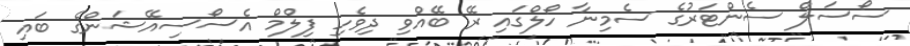
ސޯސަލް ސެންޓަރުގެ ސެމިނާ ހޯލްގައި ރޭ ބޭއްވި ދިވެހި ފިލްމް އެސޯސިއޭޝަންގެ ބައި